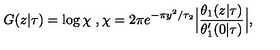
G ( z \vert \tau ) = \log \chi \ , \chi = 2 \pi e ^ { - \pi y ^ { 2 } / \tau _ { 2 } } \Bigl \vert { \frac { \theta _ { 1 } ( z \vert \tau ) } { \theta _ { 1 } ^ { \prime } ( 0 \vert \tau ) } } \Bigr \vert ,